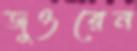
জুওরেন